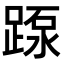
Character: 𨂽